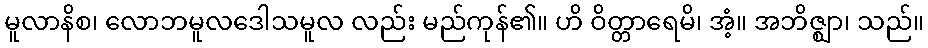
မူလာနိစ၊ လောဘမူလဒေါသမူလ လည်း မည်ကုန်၏။ ဟိ ဝိတ္တာရေမိ၊ အံ့။ အဘိဇ္ဈာ၊ သည်။